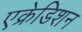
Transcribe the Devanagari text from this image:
एक्रेडिशन